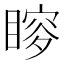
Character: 𥉡